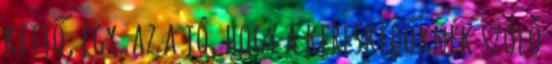
kettő, egy. az a jó, hogy a kereskedőknek szóló